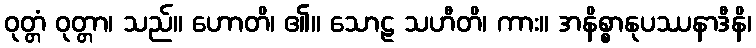
ဝုတ္တံ ဝုတ္တာ၊ သည်။ ဟောတိ၊ ၏။ သောဠ သဟီတိ၊ ကား။ အနိစ္စာနုပဿနာဒီနိ၊